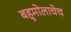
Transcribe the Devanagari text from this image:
बहुमोलाचेच